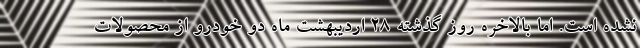
نشده است. اما بالاخره روز گذشته ۲۸ اردیبهشت ماه دو خودرو از محصولات